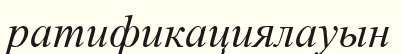
ратификациялауын